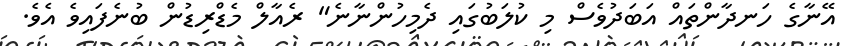
އޭނާގެ ހަނދާންތައް އަބަދުވެސް މި ކުލަބުގައި ދެމިހުންނާނެ" ރެއާލް މެޑްރިޑުން ބުނެފައިވެ އެވެ.